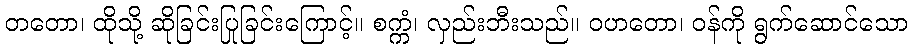
တတော၊ ထိုသို့ ဆိုခြင်းပြုခြင်းကြောင့်။ စက္ကံ၊ လှည်းဘီးသည်။ ဝဟတော၊ ဝန်ကို ရွက်ဆောင်သော